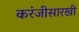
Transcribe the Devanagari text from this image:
करंजीसारखी